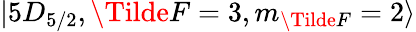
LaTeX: \lvert 5D_{5/2},\Tilde{F}=3,m_{\Tilde{F}}=2\rangle